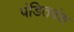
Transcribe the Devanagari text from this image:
पंडितवंश